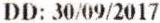
DD: 30/09/2017